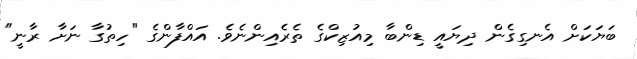
ބަޔަކަށް އެނގިގެން ދިޔައީ ޑިންބާ މިއުޒިކްގެ ތެރެއިންނެވެ. އައްފާންގެ "ހިތުގާ ނަށާ ރާނީ"